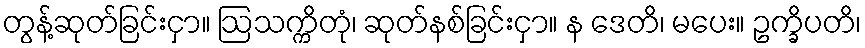
တွန့်ဆုတ်ခြင်းငှာ။ ဩသက္ကိတုံ၊ ဆုတ်နစ်ခြင်းငှာ။ န ဒေတိ၊ မပေး။ ဥက္ခိပတိ၊